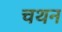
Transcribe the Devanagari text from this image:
चथन